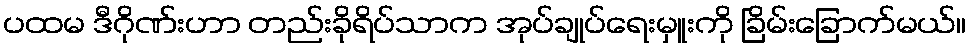
ပထမ ဒီဂိုဏ်းဟာ တည်းခိုရိပ်သာက အုပ်ချုပ်ရေးမှူးကို ခြိမ်းခြောက်မယ်။